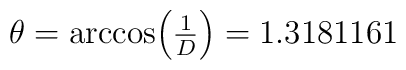
\theta = \arccos \Bigl({\textstyle {1\over D}}\Bigr) = 1.3181161